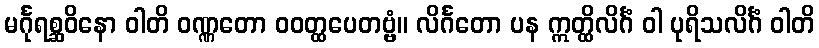
မင်္ဂုရစ္ဆဝိနော ဝါတိ ဝဏ္ဏတော ဝဝတ္ထပေတဗ္ဗံ။ လိင်္ဂတော ပန ဣတ္ထိလိင်္ဂံ ဝါ ပုရိသလိင်္ဂံ ဝါတိ